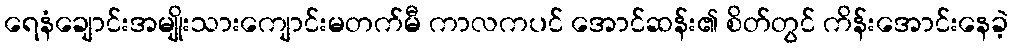
ရေနံချောင်းအမျိုးသားကျောင်းမတက်မီ ကာလကပင် အောင်ဆန်း၏ စိတ်တွင် ကိန်းအောင်းနေခဲ့